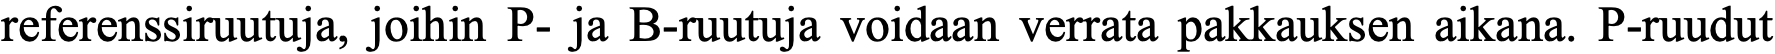
referenssiruutuja, joihin P- ja B-ruutuja voidaan verrata pakkauksen aikana. P-ruudut